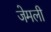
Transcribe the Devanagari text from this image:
जेमली